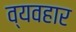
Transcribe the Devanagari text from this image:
व्यवहार